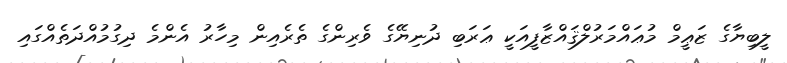
ލީބިޔާގެ ޒަޢީމް މުޢައްމަރުލްޤައްޒާފީއަކީ ޢަރަބި ދުނިޔޭގެ ވެރިންގެ ތެރެއިން މިހާރު އެންމެ ދިގުމުއްދަތެއްގައި